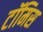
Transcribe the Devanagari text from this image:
टॉमिस